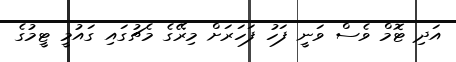
އަދި ޓޮމް ވެސް ވަނީ ފަހު ފަހަރަށް މިރޭގެ މެޗުގައި ގައުމީ ޓީމުގެ